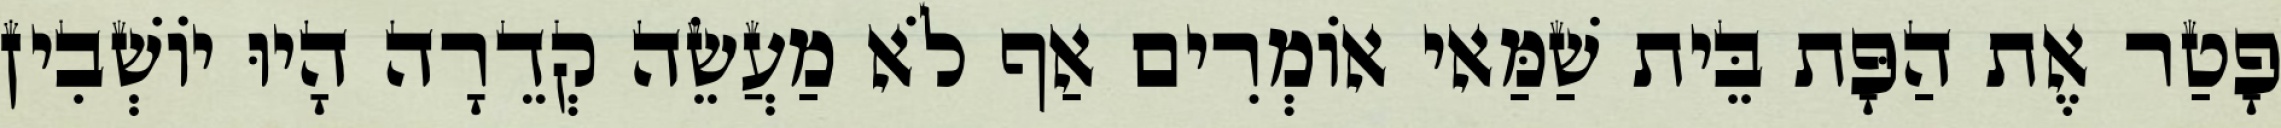
פָטַר אֶת הַפָּת בֵּית שַׁמַּאי אוֹמְרִים אַף לֹא מַעֲשֵׂה קְדֵרָה הָיוּ יוֹשְׁבִין